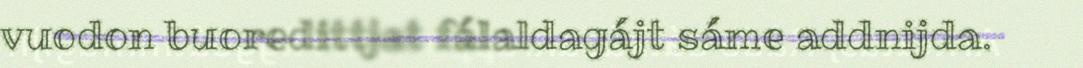
vuodon buoredittjat fálaldagájt sáme addnijda.